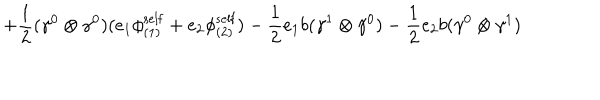
LaTeX: + \frac { 1 } { 2 } ( { \gamma } ^ { 0 } \otimes { \gamma } ^ { 0 } ) ( e _ { 1 } { \phi } _ { ( 1 ) } ^ { \mathrm { s e l f } } + e _ { 2 } { \phi } _ { ( 2 ) } ^ { \mathrm { s e l f } } ) - \frac { 1 } { 2 } e _ { 1 } b ( { \gamma } ^ { 1 } \otimes { \gamma } ^ { 0 } ) - \frac { 1 } { 2 } e _ { 2 } b ( { \gamma } ^ { 0 } \otimes { \gamma } ^ { 1 } )